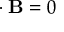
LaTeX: \mathbf { \nabla } \cdot \mathbf { B } = 0